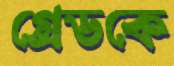
গ্রেডকে